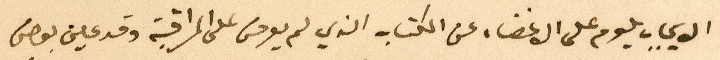
الايجاب يلوم على الأخطاء عن الكتاب الذي لم يعرض على المراقبة وقد عين بعض